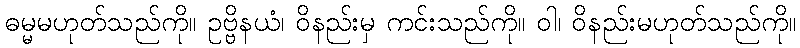
ဓမ္မမဟုတ်သည်ကို။ ဥဗ္ဗိနယံ၊ ဝိနည်းမှ ကင်းသည်ကို။ ဝါ၊ ဝိနည်းမဟုတ်သည်ကို။